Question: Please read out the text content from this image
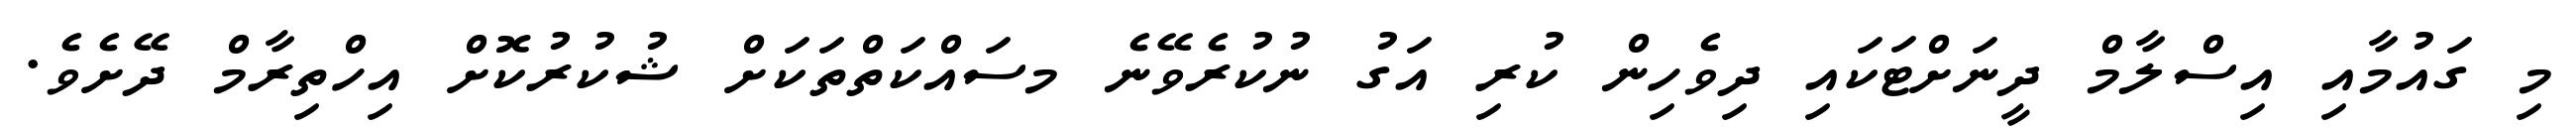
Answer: މި ގައުމާއި އިސްލާމް ދީނަށްޓަކައި ދިވެހިން ކުރި އަގު ނުކުރެވޭނެ މސައްކަތްތަކަށް ޝުކުރުކޮށް އިހްތިރާމް ދޭށެވެ.